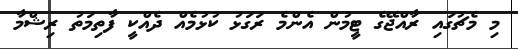
މި މެޗުގައި ރާއްޖޭގެ ޓީމުން އެންމެ ރަގަޅު ކުޅުމެއް ދެއްކީ ފާތިމަތު ރިޝްމާ